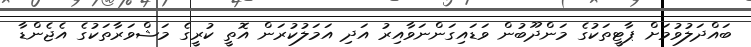
ބައްދަލުވުމަށް ޕާޓީތަކުގެ މަންދޫބުން ވަޑައިގަންނަވާއިރު އަދި އަމަލުކުރަން އޮތީ ކުރީގެ މަޝްވަރާތަކުގެ އެޖެންޑާ